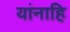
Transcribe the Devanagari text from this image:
यांनाहि